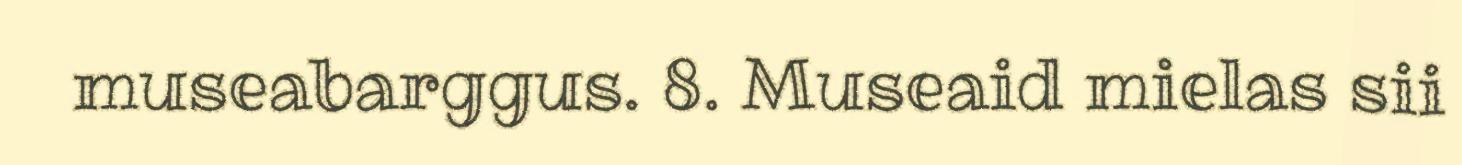
museabarggus. 8. Museaid mielas sii